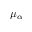
\mu _ { \alpha }